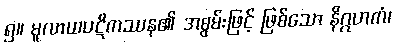
၅။ မူလာယပဋိကဿန၏ အစွမ်းဖြင့် ဖြစ်သော နိဂ္ဂဟကံ၊